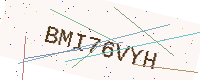
Text: BMI76VYH